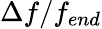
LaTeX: \Delta f/f_{end}